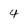
Character: 4